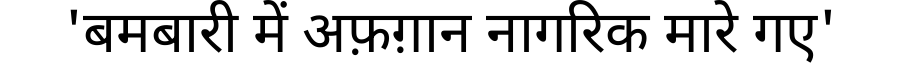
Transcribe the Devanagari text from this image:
'बमबारी में अफ़ग़ान नागरिक मारे गए'